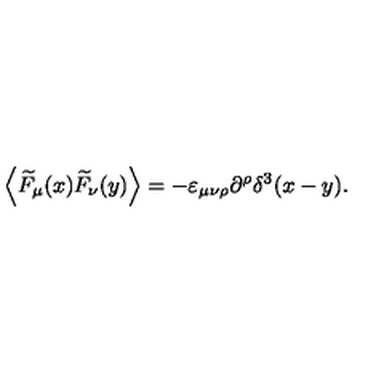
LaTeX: \left\langle \widetilde { F } _ { \mu } ( x ) \widetilde { F } _ { \nu } ( y ) \right\rangle = - \varepsilon _ { \mu \nu \rho } \partial ^ { \rho } \delta ^ { 3 } ( x - y ) .